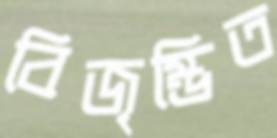
বিজৃম্ভিত